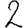
Digit: 2